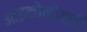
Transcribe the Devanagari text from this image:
आइकोनोग्रफ़ी